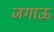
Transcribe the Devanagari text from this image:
जगाऊ